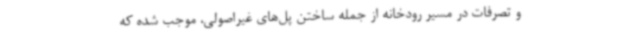
و تصرفات در مسیر رودخانه از جمله ساختن پل‌های غیراصولی، موجب شده که